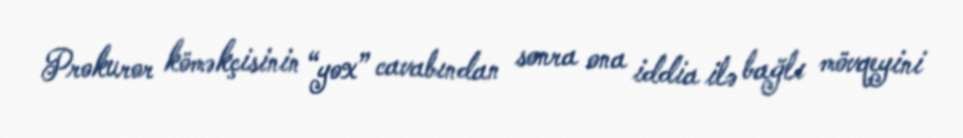
Prokuror köməkçisinin “yox” cavabından sonra ona iddia ilə bağlı mövqeyini